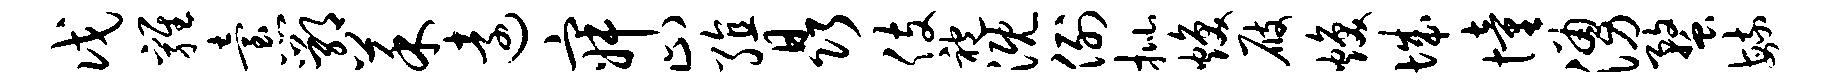
戊鸡怠鄂菜远寂止殖晶伎袍溉例批焕屐焕城憧涌蝥毓